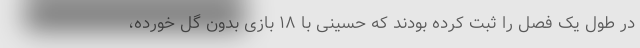
در طول یک فصل را ثبت کرده بودند که حسینی با ۱۸ بازی بدون گل خورده،